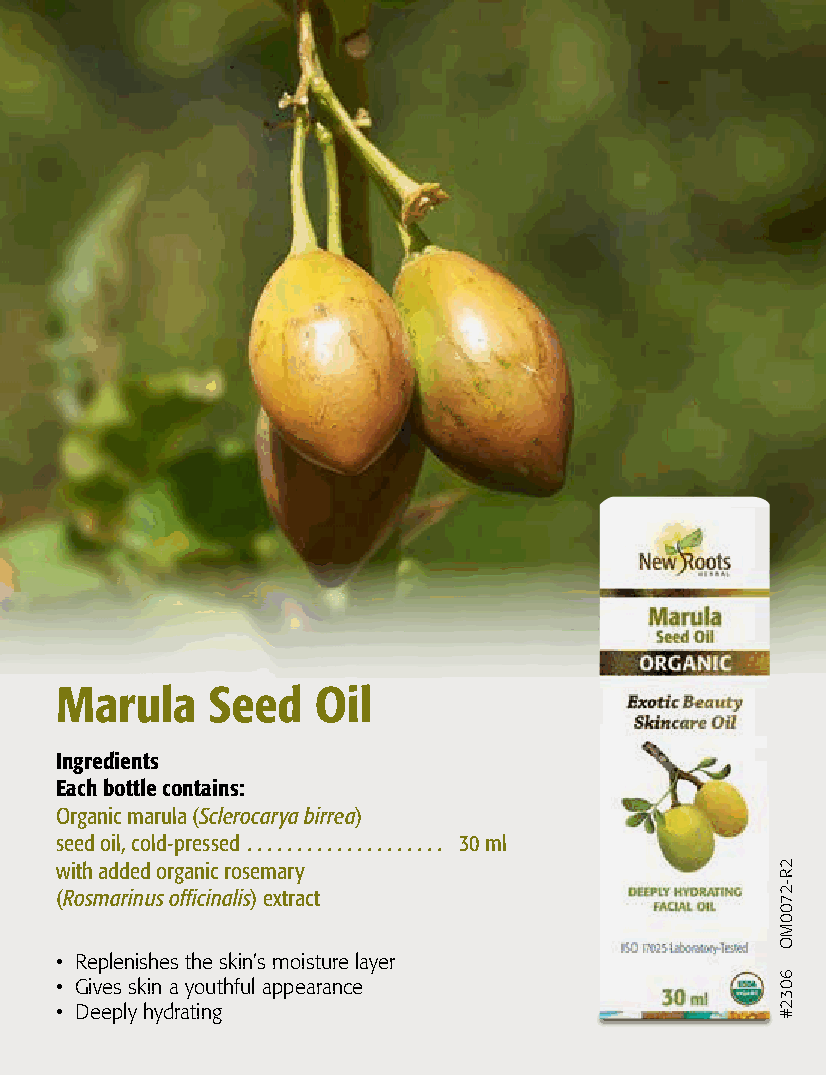
Marula    Seed   Oil
 Ingredients
 Each bottle contains:
 Organic marula (Sclerocarya birrea)
 seed oil, cold-pressed  . . . . . . . . . . . . . . . . . . . . 30 ml
 with added organic rosemary
 (Rosmarinus officinalis) extract
 • Replenishes the skin’s moisture layer
 • Gives skin a youthful appearance
 • Deeply hydrating
 2R-2700MO
 6032#